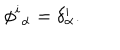
LaTeX: \phi ^ { i } { } _ { \alpha } = \delta _ { \alpha } ^ { i } .